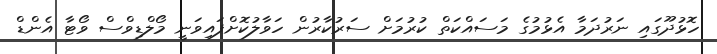
ހޮޅުދޫގައި ނަރުދަމާ އެޅުމުގެ މަސައްކަތް ކުރުމަށް ސަރުކާރުން ހަވާލުކޮށްފައިވަނީ މޯލްޑިވްސް ވޯޓާ އެންޑް